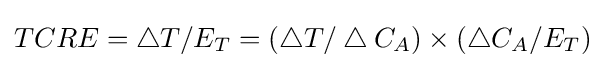
TCRE=\bigtriangleup T/E_{T}=(\bigtriangleup T/\bigtriangleup C_{A})\times (\bigtriangleup C_{A}/E_{T})